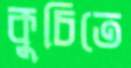
কুচিতে